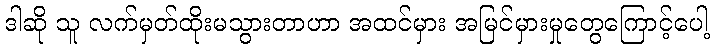
ဒါဆို သူ လက်မှတ်ထိုးမသွားတာဟာ အထင်မှား အမြင်မှားမှုတွေကြောင့်ပေါ့